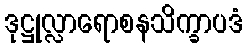
ဒုဋ္ဌုလ္လာရောစနသိက္ခာပဒံ